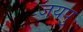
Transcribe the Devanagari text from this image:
जयपु